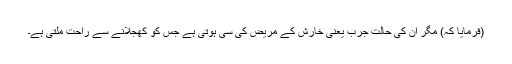
(فرمایا کہ) مگر ان کی حالت جرب یعنی خارش کے مریض کی سی ہوتی ہے جس کو کھجلانے سے راحت ملتی ہے۔